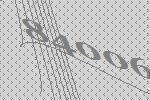
84006